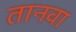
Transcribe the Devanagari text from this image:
तानवा